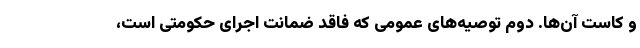
و کاست آن‌ها. دوم توصیه‌های عمومی که فاقد ضمانت اجرای حکومتی است،